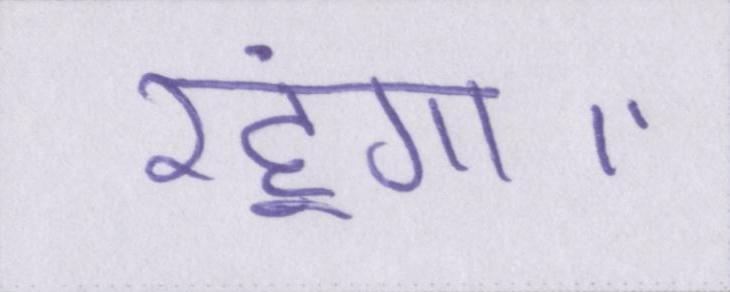
रहूंगा।